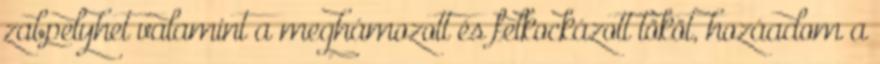
zabpelyhet valamint a meghámozott és felkockázott tököt, hozáadom a